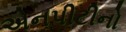
એનપીટીનો